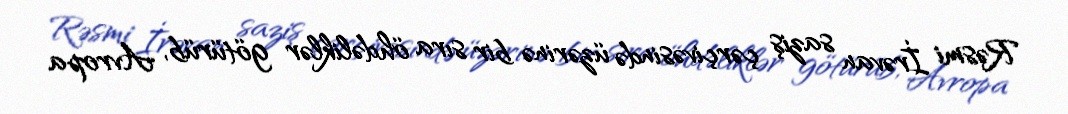
Rəsmi İrəvan saziş çərçivəsində üzərinə bir sıra öhdəliklər götürüb, Avropa